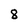
Character: 8